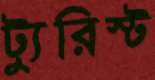
ট্যুরিস্ট